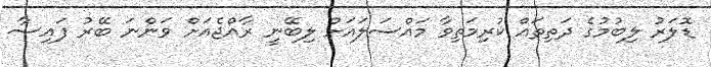
ޑޮލަރު ލިބުމުގެ ދަތިތައް ކުރިމަތިވާ މައްސަލައަށް ލިބޭނީ ރާއްޖެއަށް ވަންނަ ބޭރު ފައިސާ